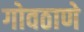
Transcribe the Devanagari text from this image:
गोवठाणे